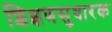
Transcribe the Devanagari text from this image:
शिक्षणसुधारक